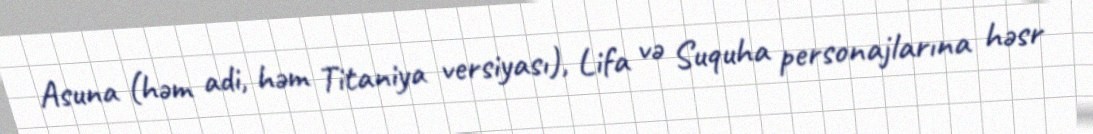
Asuna (həm adi, həm Titaniya versiyası), Lifa və Suquha personajlarına həsr